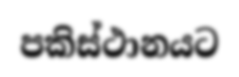
පකිස්ථානයට